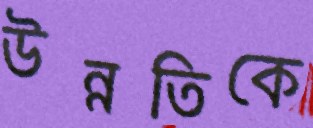
উন্নতিকে